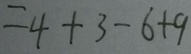
= 4 + 3 - 6 + 9